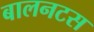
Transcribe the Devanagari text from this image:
बालनटस